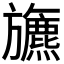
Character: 𣄦